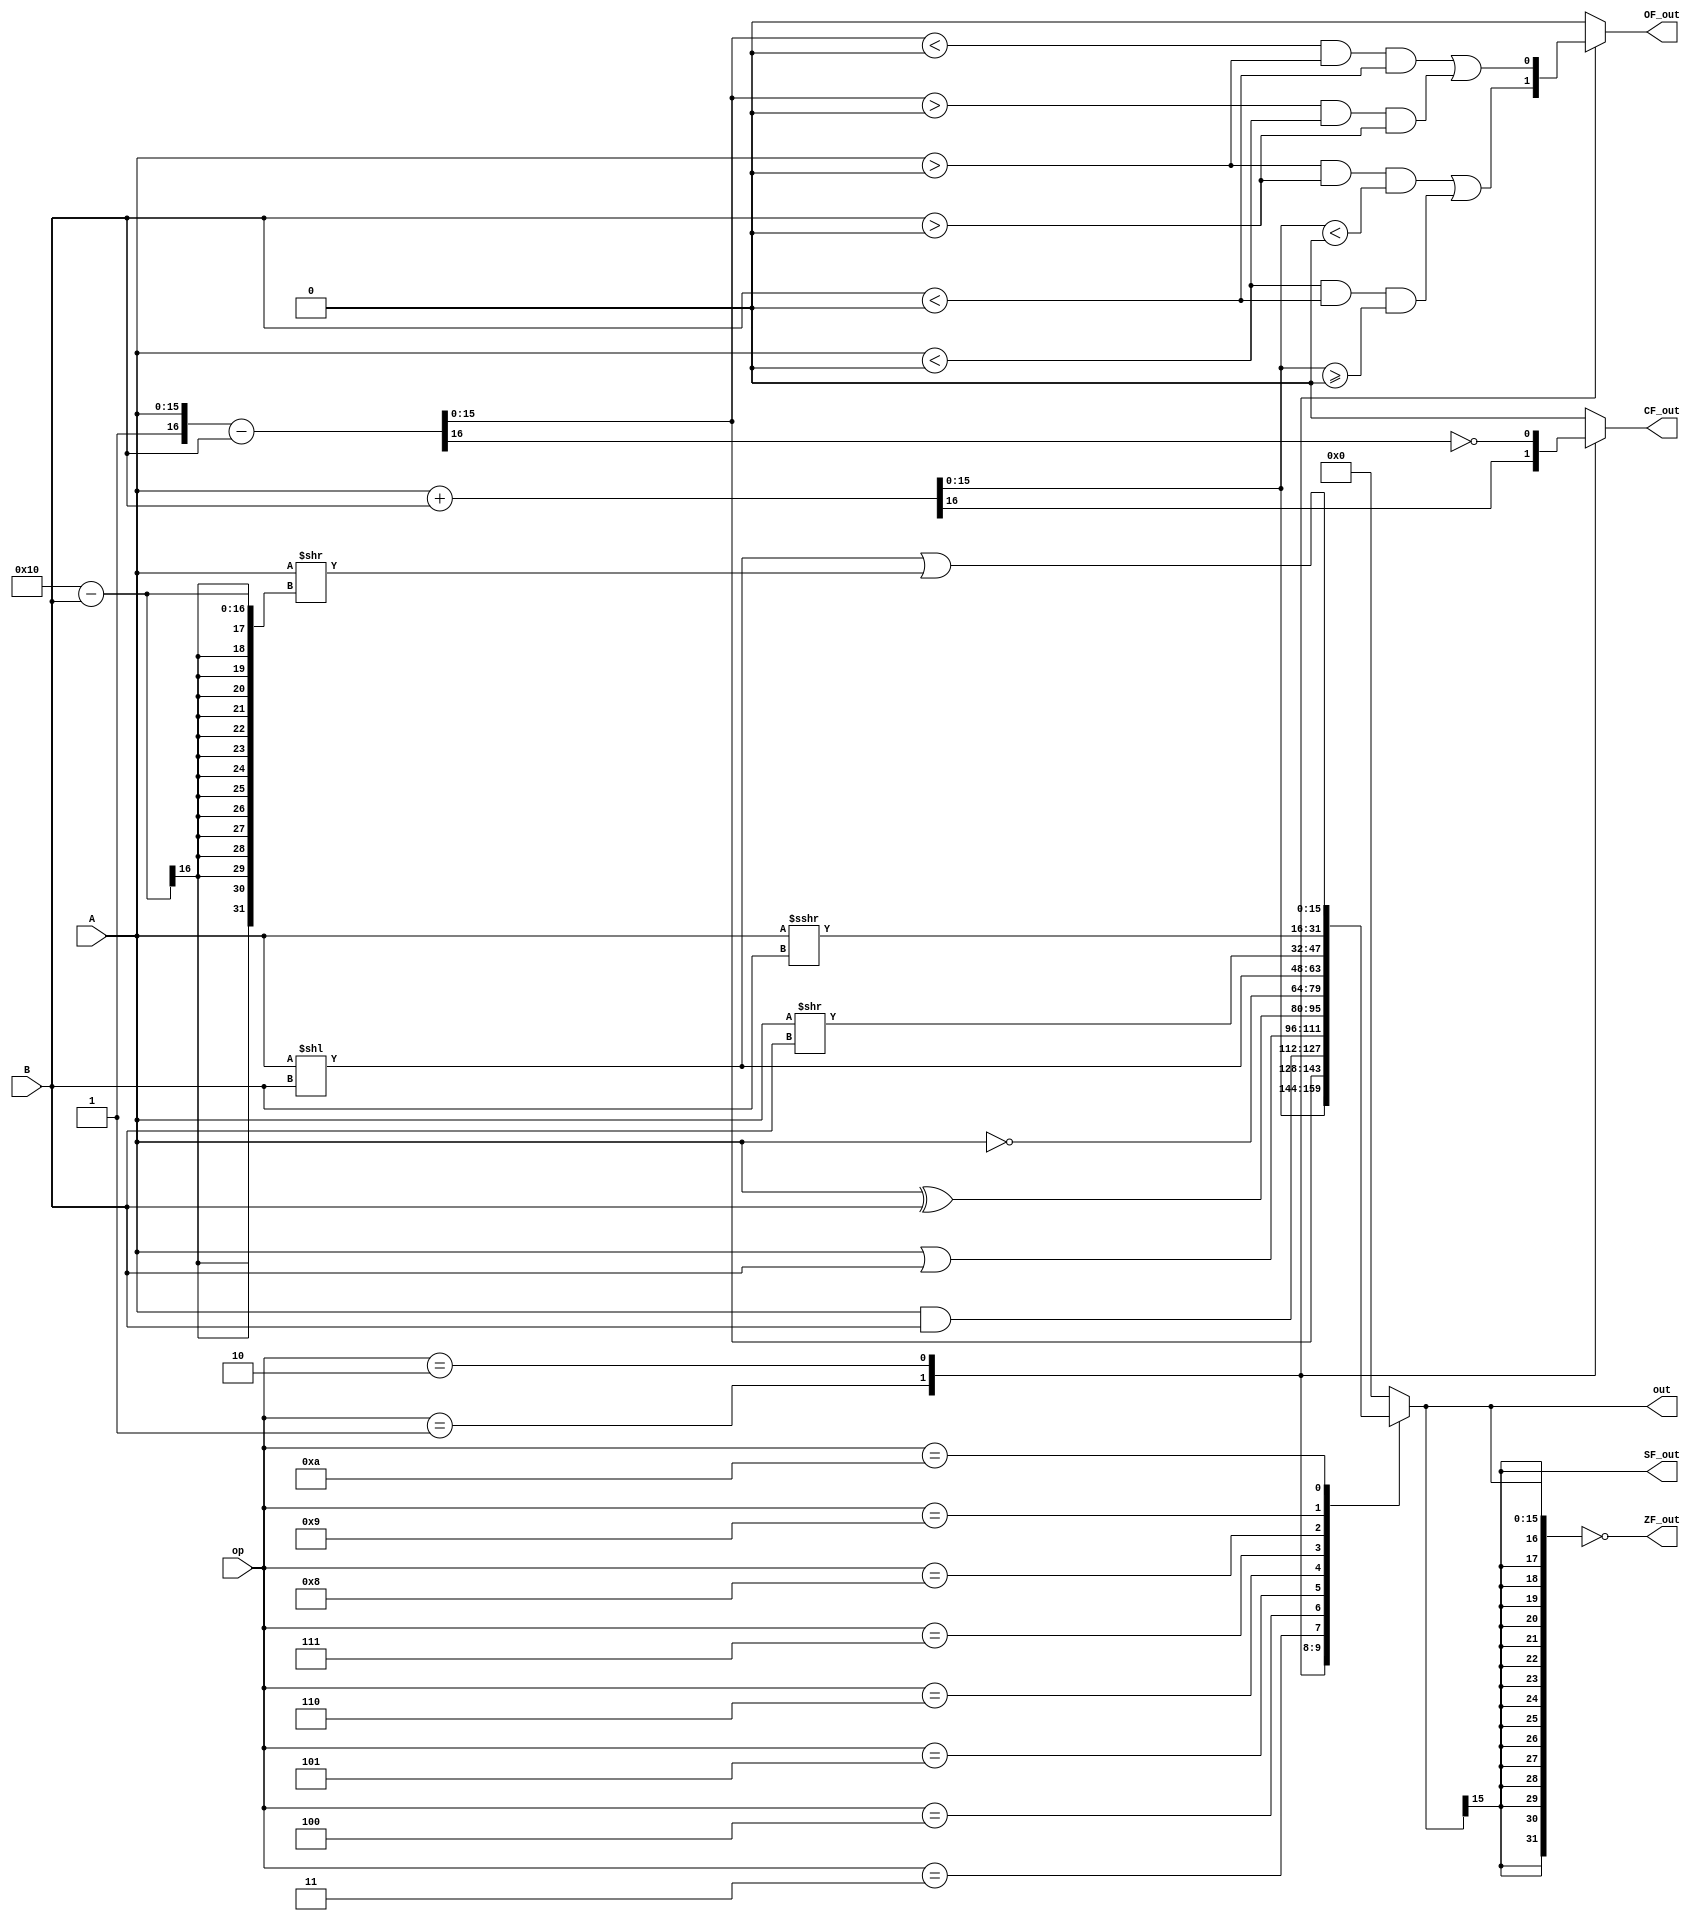
module alu(
	input 	wire[3:0]	op,
	input	wire[15:0]	A,
	input	wire[15:0]	B,
	output	reg[15:0]	out,
	output wire     		CF_out, 	//λ
  	output wire			ZF_out,		// zero flag
  	output wire			SF_out,		// sign flag
	output wire			OF_out		// overflow flag
	);
	
	reg 	SF; 	// sign flag
	reg 	OF; 	// overflow flag
	reg 	ZF; 	// zero flag
	reg 	CF; 	// carry flag
	
	assign SF_out = SF;
	assign OF_out = OF;
	assign ZF_out = ZF;
	assign CF_out = CF;

	always @(*) begin
		case(op)
			// 룺ADD
			4'b0001: begin
				{CF, out} = {0, A} + {0, B}; // CFʾλϢнλΪ1
				OF = ($signed(A) > 0 && $signed(B) > 0 && $signed(out) < 0)||($signed(A) < 0 && $signed(B) < 0 && $signed(out) >= 0);
			end
			// 룺SUB
			4'b0010: begin
				{CF, out} = {1, A} - {0, B};
				CF = ~ CF; // CFʾλϢнλΪ1
				OF = ($signed(out) < 0 && $signed(A) > 0 && $signed(B) < 0)||($signed(out) > 0 && $signed(A) < 0 && $signed(B) > 0);
			end
				
			// 룺AND
			4'b0011: begin
				out = A & B;
				CF = 0;
				OF = 0;
			end
				
			// 룺OR
			4'b0100: begin
				out = A | B;
				CF = 0;
				OF = 0;
			end
			
			// 룺XOR
			4'b0101: begin
				out = A ^ B;
				CF = 0;
				OF = 0;
			end
			
			// 룺NOT
			4'b0110: begin
				out = ~ A;
				CF = 0;
				OF = 0;
			end

			// 룺SLL
			4'b0111: begin
				out = A << B;
				CF = 0;
				OF = 0;
			end

			// 룺SRL
			4'b1000: begin
				out = A >> B;
				CF = 0;
				OF = 0;
			end

			// 룺SRA
			4'b1001: begin
				out = $signed(A) >>> B;
				CF = 0;
				OF = 0;
			end

			// 룺ROL
			4'b1010: begin
				out = (A << B) | (A >> (16 - B));
				CF = 0;
				OF = 0;
			end

			// 룺NOP
			default: begin
				out = 0;
				CF = 0;
				OF = 0;
			end

		endcase
		SF = out[15];
		ZF = ($signed(out) == 0);
	end

endmodule